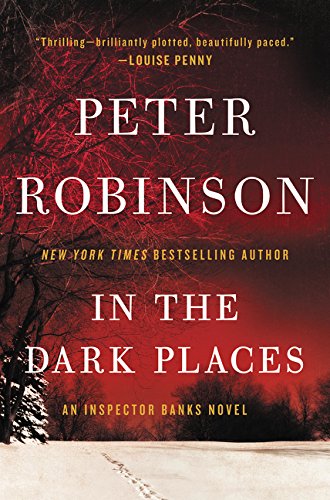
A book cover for In the Dark Places: An Inspector Banks Novel (Inspector Banks Novels); Peter Robinson; Mystery, Thriller & Suspense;